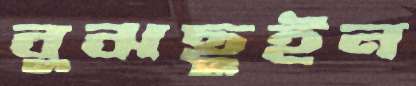
বুঝছুইন